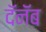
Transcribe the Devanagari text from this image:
दॅनॅब